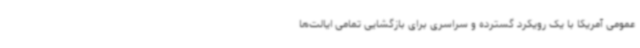
عمومی آمریکا با یک رویکرد گسترده و سراسری برای بازگشایی تمامی ایالت‌ها